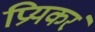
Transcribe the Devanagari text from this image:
प्रियकरं